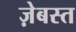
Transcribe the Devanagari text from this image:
ज़ेबस्त